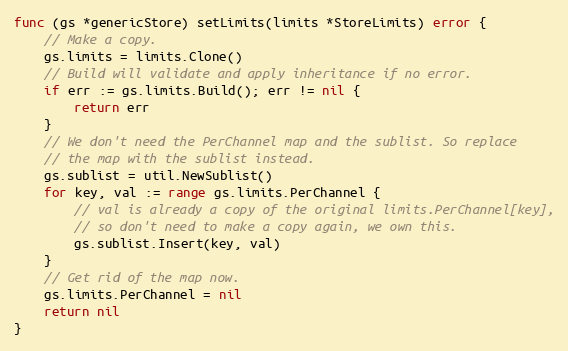
Language: Go
func (gs *genericStore) setLimits(limits *StoreLimits) error {
	// Make a copy.
	gs.limits = limits.Clone()
	// Build will validate and apply inheritance if no error.
	if err := gs.limits.Build(); err != nil {
		return err
	}
	// We don't need the PerChannel map and the sublist. So replace
	// the map with the sublist instead.
	gs.sublist = util.NewSublist()
	for key, val := range gs.limits.PerChannel {
		// val is already a copy of the original limits.PerChannel[key],
		// so don't need to make a copy again, we own this.
		gs.sublist.Insert(key, val)
	}
	// Get rid of the map now.
	gs.limits.PerChannel = nil
	return nil
}